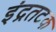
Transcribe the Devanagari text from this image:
इंद्रतटक